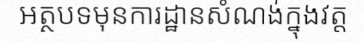
អត្ថបទមុនការដ្ឋានសំណង់ក្នុងវត្ត